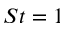
S t = 1